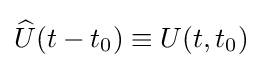
{\widehat {U}}(t-t_{0})\equiv U(t,t_{0})